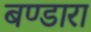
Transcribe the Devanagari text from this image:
बण्डारा